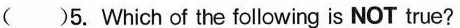
()5. Which of the following is NOT true?